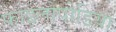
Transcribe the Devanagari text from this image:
फाइलोपोडिया